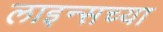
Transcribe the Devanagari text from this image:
लाइन्सच्या